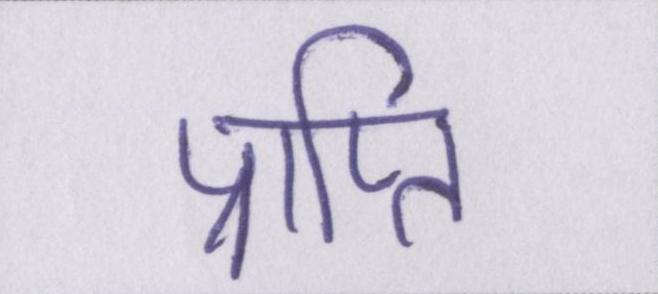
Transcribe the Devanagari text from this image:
प्राप्ति